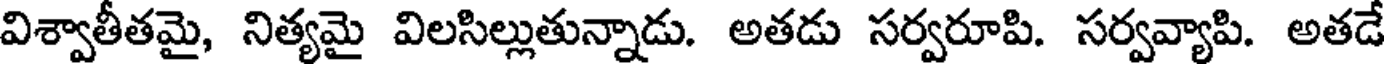
విశ్వాతీతమై, నిత్యమై విలసిల్లుతున్నాడు. అతడు సర్వరూపి. సర్వవ్యాపి. అతడే